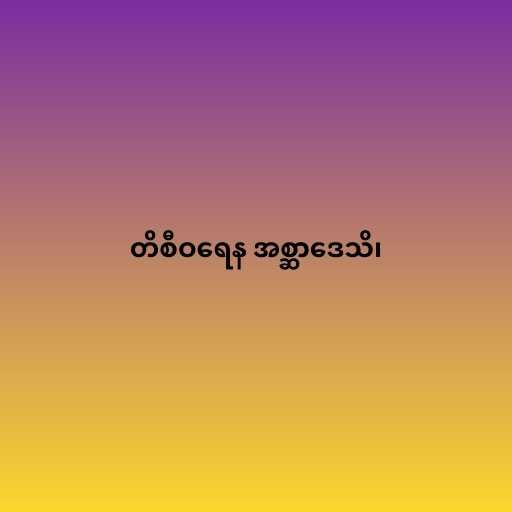
တိစီဝရေန အစ္ဆာဒေသိ၊